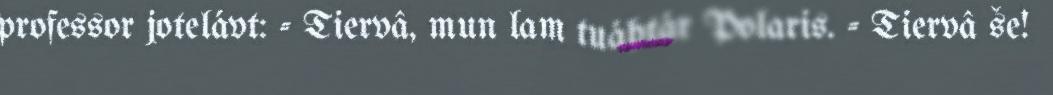
professor jotelávt: - Tiervâ, mun lam tuáhtár Polaris. - Tiervâ še!